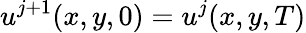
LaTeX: u^{j+1}(x,y,0)=u^{j}(x,y,T)